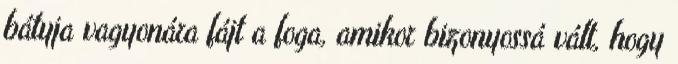
bátyja vagyonára fájt a foga, amikor bizonyossá vált, hogy